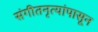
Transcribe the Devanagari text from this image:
संगीतनृत्यांपासून